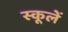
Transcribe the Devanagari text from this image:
स्कूलें